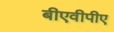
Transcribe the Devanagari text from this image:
बीएवीपीए